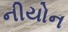
નીયોન